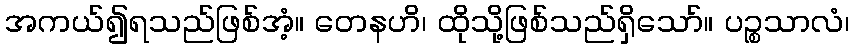
အကယ်၍ရသည်ဖြစ်အံ့။ တေနဟိ၊ ထိုသို့ဖြစ်သည်ရှိသော်။ ပဉ္စသာလံ၊